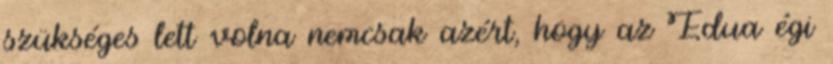
szükséges lett volna nemcsak azért, hogy az Edua égi